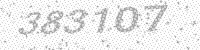
Solution: 383107